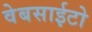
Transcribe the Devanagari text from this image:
वेबसाईटो